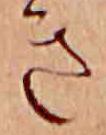
き